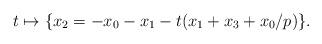
LaTeX: \begin{align*}t \mapsto \{x_{2} = -x_{0} - x_{1} - t {\left(x_{1} + x_{3} + x_{0}/p\right)}\}.\end{align*}